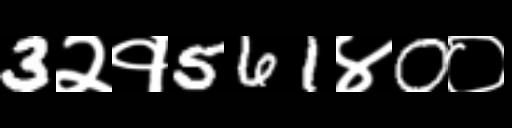
Text: 3२१561४0०